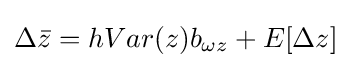
\Delta {\bar {z}}=hVar(z)b_{\omega z}+E[\Delta z]